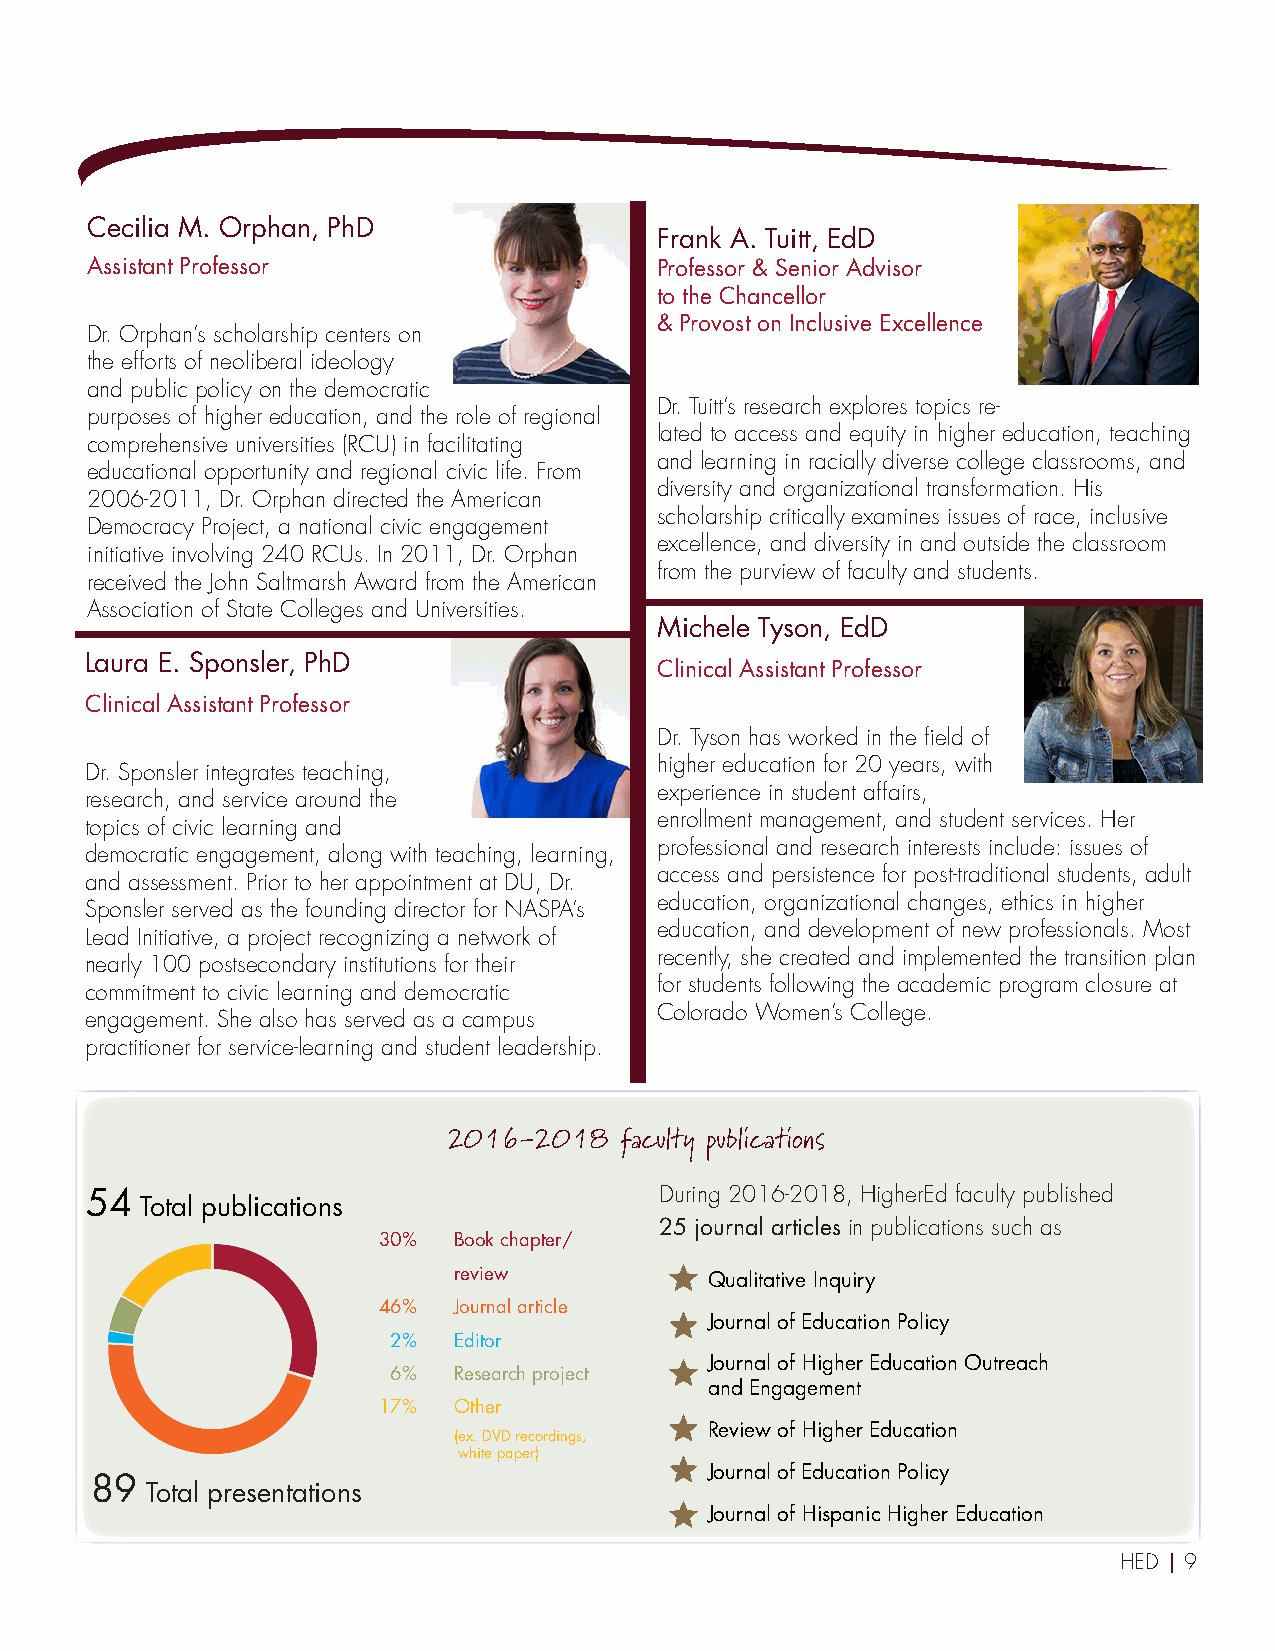
Cecilia M. Orphan, PhD
 Frank A. Tuitt, EdD
 Assistant Professor                  Professor & Senior Advisor
 to the Chancellor
 & Provost on Inclusive Excellence
 Dr. Orphan’s scholarship centers on
 the efforts of neoliberal ideology
 and public policy on the democratic
 Dr. Tuitt’s research explores topics re-
 purposes of higher education, and the role of regional
 lated to access and equity in higher education, teaching
 comprehensive universities (RCU) in facilitating
 and learning in racially diverse college classrooms, and
 educational opportunity and regional civic life. From
 diversity and organizational transformation. His
 2006-2011, Dr. Orphan directed the American
 scholarship critically examines issues of race, inclusive
 Democracy Project, a national civic engagement
 excellence, and diversity in and outside the classroom
 initiative involving 240 RCUs. In 2011, Dr. Orphan
 from the purview of faculty and students.
 received the John Saltmarsh Award from the American
 Association of State Colleges and Universities.
 Michele Tyson, EdD
 Laura E. Sponsler, PhD
 Clinical Assistant Professor
 Clinical Assistant Professor
 Dr. Tyson has worked in the field of
 higher education for 20 years, with
 Dr. Sponsler integrates teaching,
 experience in student affairs,
 research, and service around the
 enrollment management, and student services. Her
 topics of civic learning and
 professional and research interests include: issues of
 democratic engagement, along with teaching, learning,
 access and persistence for post-traditional students, adult
 and assessment. Prior to her appointment at DU, Dr.
 education, organizational changes, ethics in higher
 Sponsler served as the founding director for NASPA’s
 education, and development of new professionals. Most
 Lead Initiative, a project recognizing a network of
 recently, she created and implemented the transition plan
 nearly 100 postsecondary institutions for their
 for students following the academic program closure at
 commitment to civic learning and democratic
 Colorado Women’s College.
 engagement. She also has served as a campus
 practitioner for service-learning and student leadership.
 2016-2018  faculty publications
 54                                    During 2016-2018, HigherEd faculty published
 Total publications
 25 journal articles in publications such as
 30%  Book chapter/
 review           Qualitative Inquiry
 46%  Journal article
 Journal of Education Policy
 2%  Editor
 Journal of Higher Education Outreach
 6%  Research project
 and Engagement
 17%  Other
 (ex. DVD recordings,
 Review of Higher Education
 white paper)
 Journal of Education Policy
 89
 Total presentations
 Journal of Hispanic Higher Education
 HED | 9